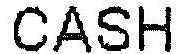
CASH